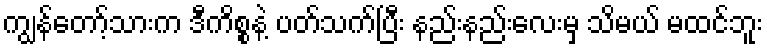
ကျွန်တော့်သားက ဒီကိစ္စနဲ့ ပတ်သက်ပြီး နည်းနည်းလေးမှ သိမယ် မထင်ဘူး